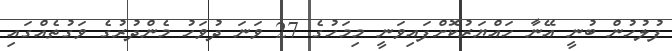
ފުލުހުން ބުނީ އޭނާ ހައްޔަރުކޮށްފައިވަނީ މިމަހުގެ 27 ވަނަ ދުވަހު މެންދުރުގެ ވަގުތެއްގައި